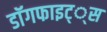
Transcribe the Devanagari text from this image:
डाॅगफाइट््स